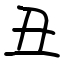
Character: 丑